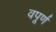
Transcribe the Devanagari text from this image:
वपूर्ण